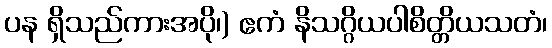
ပန ရှိသည်ကားအပို၊) ဧကံ နိသဂ္ဂိယပါစိတ္တိယသတံ၊